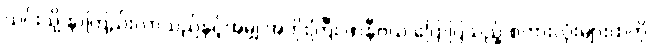
ယင်းသို့ နာကြည်းလာသည်နှင့်အမျှ အဘိုးကြီး ဖာနီဗယ် ပြောပြသည့် စကားလုံးများထဲကို